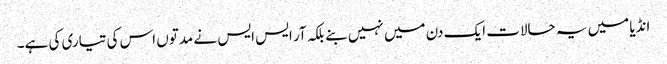
انڈیا میں یہ حالات ایک دن میں نہیں بنے بلکہ آر ایس ایس نے مدتوں اس کی تیاری کی ہے۔